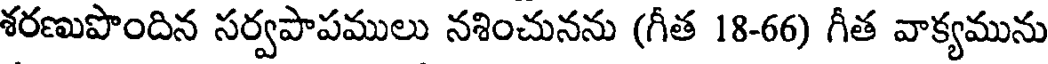
శరణుపొందిన సర్వపాపములు నశించునను (గీత 18-66) గీత వాక్యమును